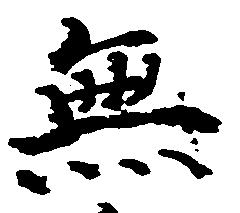
無